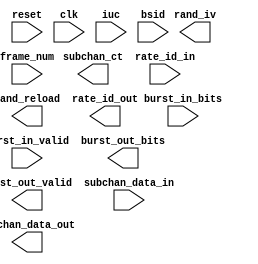
module burst_handler(
	input reset, clk,
	input [3:0] iuc, bsid, frame_num,
	input burst_in_bits, burst_in_valid,
	output [14:0] rand_iv,
	output rand_reload,
	output burst_out_bits,
	output burst_out_valid,
	input [5:0] subchan_data_in,
	output [5:0] subchan_data_out,
	output [3:0] subchan_ct,
	input [2:0] rate_id_in,
	output [2:0] rate_id_out);

endmodule